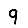
Digit: 9